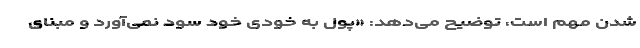
شدن مهم است، توضیح می‌دهد: «پول به خودی خود سود نمی‌آورد و مبنای